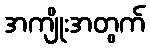
အကျိုးအတွက်